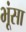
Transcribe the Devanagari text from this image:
भूंसा